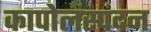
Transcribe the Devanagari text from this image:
कापोलस्पंदन